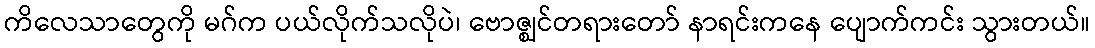
ကိလေသာတွေကို မဂ်က ပယ်လိုက်သလိုပဲ၊ ဗောဇ္ဈင်တရားတော် နာရင်းကနေ ပျောက်ကင်း သွားတယ်။